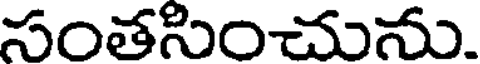
సంతసించును.